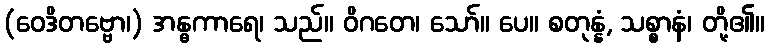
(ဝေဒိတဗ္ဗော၊) အန္ဓကာရေ၊ သည်။ ဝိဂတေ၊ သော်။ ပေ။ စတုန္နံ, သစ္စာနံ၊ တို့၏။